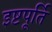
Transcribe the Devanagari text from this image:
इष्टपूर्ति